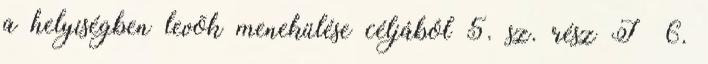
a helyiségben levõk menekülése céljából 5. sz. rész I 6.